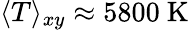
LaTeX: \langle T\rangle_{xy}\approx 5800\mathrm{\ K}